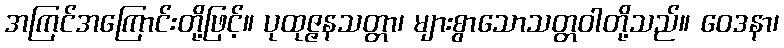
အကြင်အကြောင်းတို့ဖြင့်။ ပုထုဇ္ဇနသတ္တာ၊ များစွာသောသတ္တဝါတို့သည်။ ဝေဒနာ၊